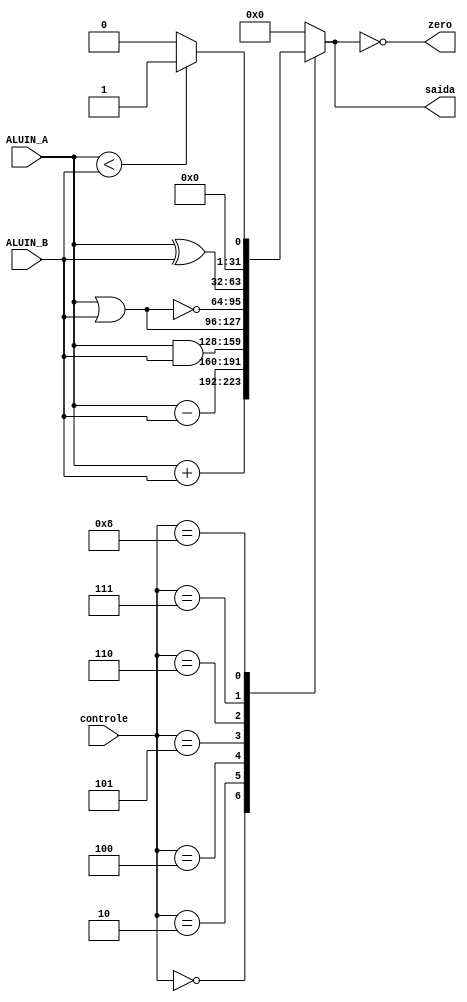
`define ALU_ADD 4'b0000
`define ALU_SUB 4'b0010
`define ALU_AND 4'b0100
`define ALU_OR  4'b0101
`define ALU_NOR 4'b0110
`define ALU_XOR 4'b0111
`define ALU_SLT 4'b1000

module ALU (controle,ALUIN_A,ALUIN_B,zero,saida);
  input wire [3:0]controle;
  input wire [31:0]ALUIN_A;
  input wire [31:0]ALUIN_B;
  output reg [31:0]saida;
  output zero;
  
  always @ (*) begin
    case (controle)
      `ALU_ADD: saida <= ALUIN_A + ALUIN_B;
      `ALU_SUB: saida <= ALUIN_A - ALUIN_B;
      `ALU_AND: saida <= ALUIN_A & ALUIN_B;
      `ALU_OR:  saida <= ALUIN_A | ALUIN_B;
      `ALU_NOR: saida <= ~(ALUIN_A | ALUIN_B);
      `ALU_XOR: saida <= ALUIN_A ^ ALUIN_B;
      `ALU_SLT: saida <= ALUIN_A < ALUIN_B ? 1 : 0; // seta 1 caso ALUIN_A < ALUIN_B, caso contrario 0.//
      default: saida <= 0;
    endcase
  end
  assign zero = (saida == 0);
endmodule //ALU